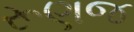
રૂણજ